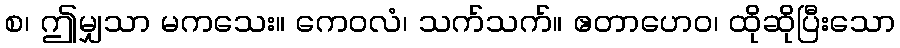
စ၊ ဤမျှသာ မကသေး။ ကေဝလံ၊ သက်သက်။ ဧတာဟေဝ၊ ထိုဆိုပြီးသော